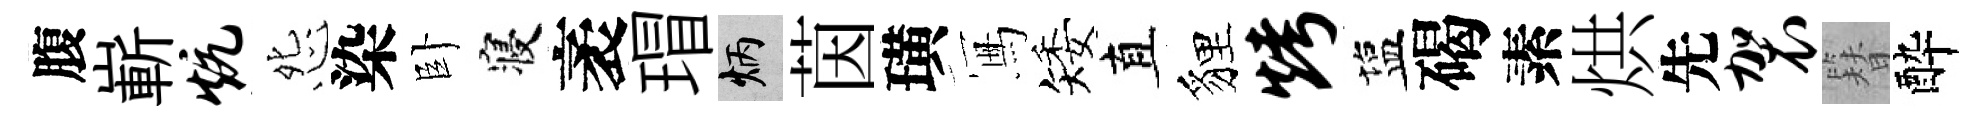
腹嶄炕怨染卧寝袤瑁炳茵璜冩矮直貍烤塩碣素烘先袈簪酔